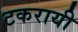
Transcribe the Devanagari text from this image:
टकरायी